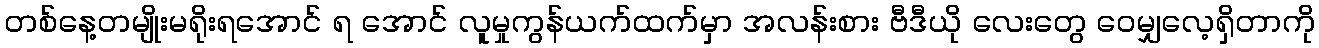
တစ်နေ့တမျိုးမရိုးရအောင် ရ အောင် လူမှုကွန်ယက်ထက်မှာ အလန်းစား ဗီဒီယို လေးတွေ ဝေမျှလေ့ရှိတာကို